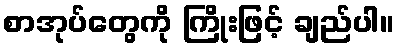
စာအုပ်တွေကို ကြိုးဖြင့် ချည်ပါ။